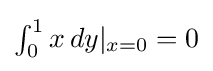
{\textstyle \int _{0}^{1}x\,dy|_{x=0}=0}